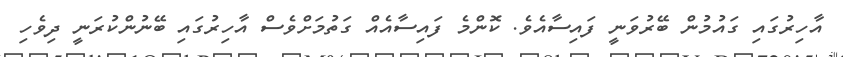
އާހިރުގައި ގައުމުން ބޭރުވަނީ ފައިސާއެވެ. ކޮންމެ ފައިސާއެއް ގަތުމަށްވެސް އާހިރުގައި ބޭނުންކުރަނީ ދިވެހި